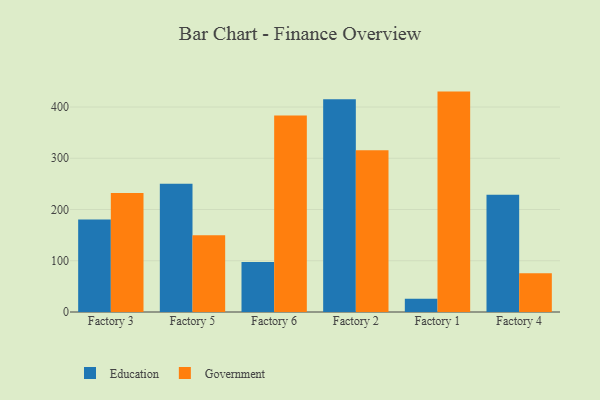
{"axis": {"x": "Factory", "y": "Market Share (%)"}, "legend": ["Education", "Government"], "data": [{"x": "Factory 3", "y": 180.3, "type": "Education"}, {"x": "Factory 3", "y": 232.2, "type": "Government"}, {"x": "Factory 5", "y": 250.2, "type": "Education"}, {"x": "Factory 5", "y": 150.0, "type": "Government"}, {"x": "Factory 6", "y": 97.4, "type": "Education"}, {"x": "Factory 6", "y": 383.4, "type": "Government"}, {"x": "Factory 2", "y": 415.1, "type": "Education"}, {"x": "Factory 2", "y": 315.8, "type": "Government"}, {"x": "Factory 1", "y": 25.7, "type": "Education"}, {"x": "Factory 1", "y": 430.1, "type": "Government"}, {"x": "Factory 4", "y": 228.9, "type": "Education"}, {"x": "Factory 4", "y": 75.6, "type": "Government"}]}